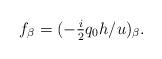
LaTeX: \begin{align*}f_\beta=(-\tfrac{i}{2}q_0h/u)_\beta.\end{align*}